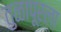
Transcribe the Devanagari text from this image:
तुळापूरला